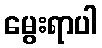
မွေးရာပါ